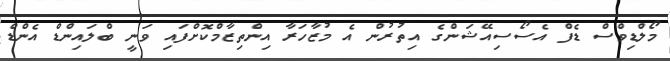
މޯލްޑިވްސް ޑެފް އެސޯސިއޭޝަންގެ އިތުރުން އެ މުޒާހަރާ އިންތިޒާމްކޮށްފައި ވަނީ ބްލައިންޑް އެންޑް